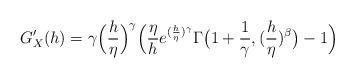
LaTeX: \begin{align*}G_X^{\prime}(h)=\gamma \Big(\frac{h}{\eta}\Big)^{\gamma}\Big( \frac{\eta}{h} e^{(\frac{h}{\eta})^\gamma}\Gamma\big( 1+\frac{1}{\gamma},(\frac{h}{\eta})^\beta\big) -1\Big) \end{align*}